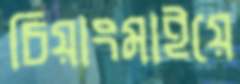
চিয়াংমাইয়ে